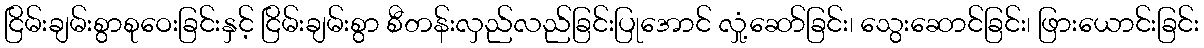
ငြိမ်းချမ်းစွာစုဝေးခြင်းနှင့် ငြိမ်းချမ်းစွာ စီတန်းလှည်လည်ခြင်းပြုအောင် လှုံ့ဆော်ခြင်း၊ သွေးဆောင်ခြင်း၊ ဖြားယောင်းခြင်း